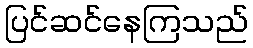
ပြင်ဆင်နေကြသည်